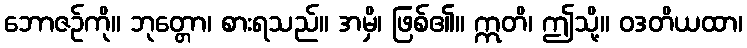
ဘောဇဉ်ကို။ ဘုတ္တော၊ စားရသည်။ အမှိ၊ ဖြစ်၏။ ဣတိ၊ ဤသို့။ ဝဒတိယထာ၊